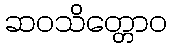
ဆဝသိတ္တောဝ